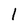
Character: l